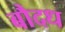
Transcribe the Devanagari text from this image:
बौदध